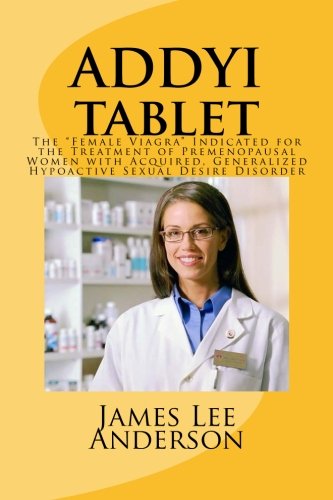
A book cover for ADDYI Tablet: The "Female Viagra" Indicated for the Treatment of Premenopausal Women with Acquired, Generalized Hypoactive Sexual Desire Disorder; James Lee Anderson; Medical Books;